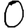
Digit: 0